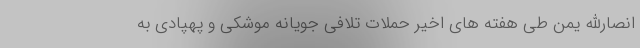
انصارالله یمن طی هفته های اخیر حملات تلافی جویانه موشکی و پهپادی به